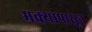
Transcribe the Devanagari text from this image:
मक्यापासून